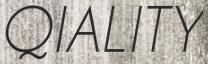
QIALITY